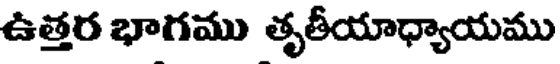
ఉత్తర భాగము తృతీయాధ్యాయము